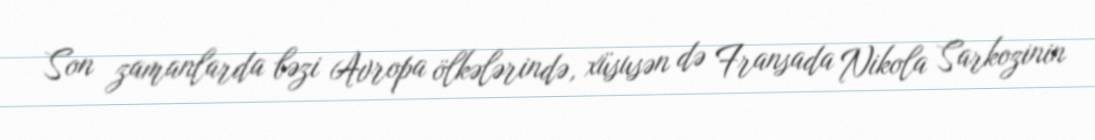
Son zamanlarda bəzi Avropa ölkələrində, xüsusən də Fransada Nikola Sarkozinin